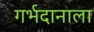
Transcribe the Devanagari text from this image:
गर्भदानाला